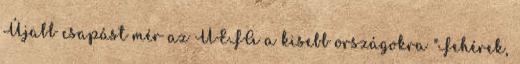
Újabb csapást mér az UEFA a kisebb országokra "Fehérek,